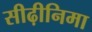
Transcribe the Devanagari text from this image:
सीढ़ीनिमा